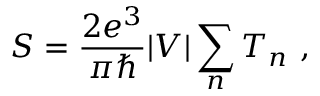
S = { \frac { 2 e ^ { 3 } } { \pi \hbar } } \vert V \vert \sum _ { n } T _ { n } \ ,